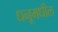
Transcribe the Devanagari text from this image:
धनूमधील